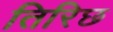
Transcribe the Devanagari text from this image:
तिरिछ